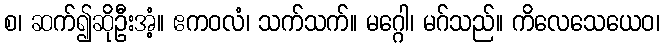
စ၊ ဆက်၍ဆိုဦးအံ့။ ဧကဝလံ၊ သက်သက်။ မဂ္ဂေါ၊ မဂ်သည်။ ကိလေသေယေဝ၊